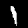
Label: 1